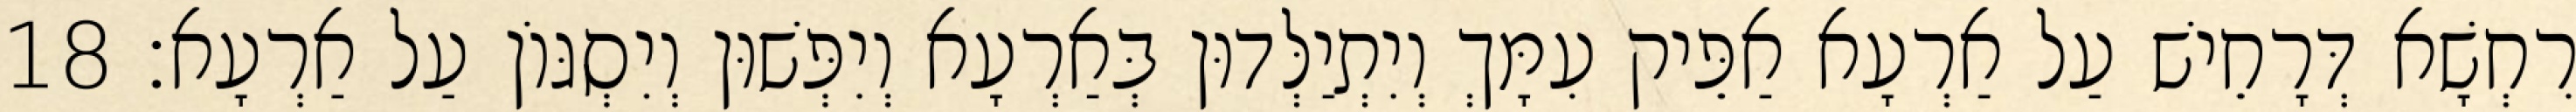
רִחְשָׁא דְּרָחֵישׁ עַל אַרְעָא אַפֵּיק עִמָּךְ וְיִתְיַלְּדוּן בְּאַרְעָא וְיִפְּשׁוּן וְיִסְגּוֹן עַל אַרְעָא׃ 18